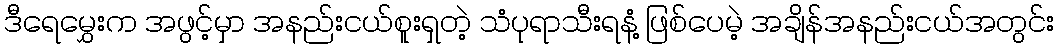
ဒီရေမွှေးက အဖွင့်မှာ အနည်းငယ်စူးရှတဲ့ သံပုရာသီးရနံ့ ဖြစ်ပေမဲ့ အချိန်အနည်းငယ်အတွင်း